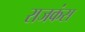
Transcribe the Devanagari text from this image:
राजकंस